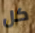
كل